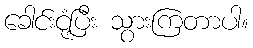
ခေါင်းငုံ့ပြီး သွားကြတာပါ။